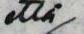
että/